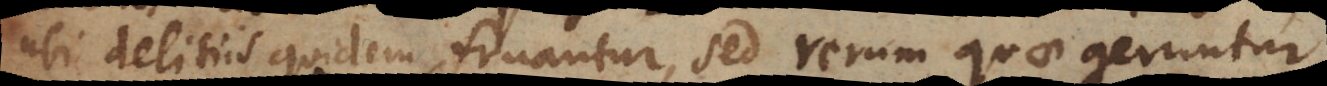
ubi delitiis quidem fruantur, sed rerum quae geruntur